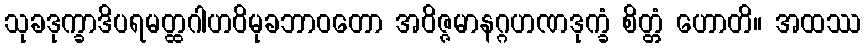
သုခဒုက္ခာဒိပရမတ္ထဂါဟဝိမုခဘာဝတော အဝိဇ္ဇမာနဂ္ဂဟဏဒုက္ခံ စိတ္တံ ဟောတိ။ အထဿ